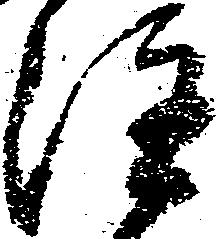
注